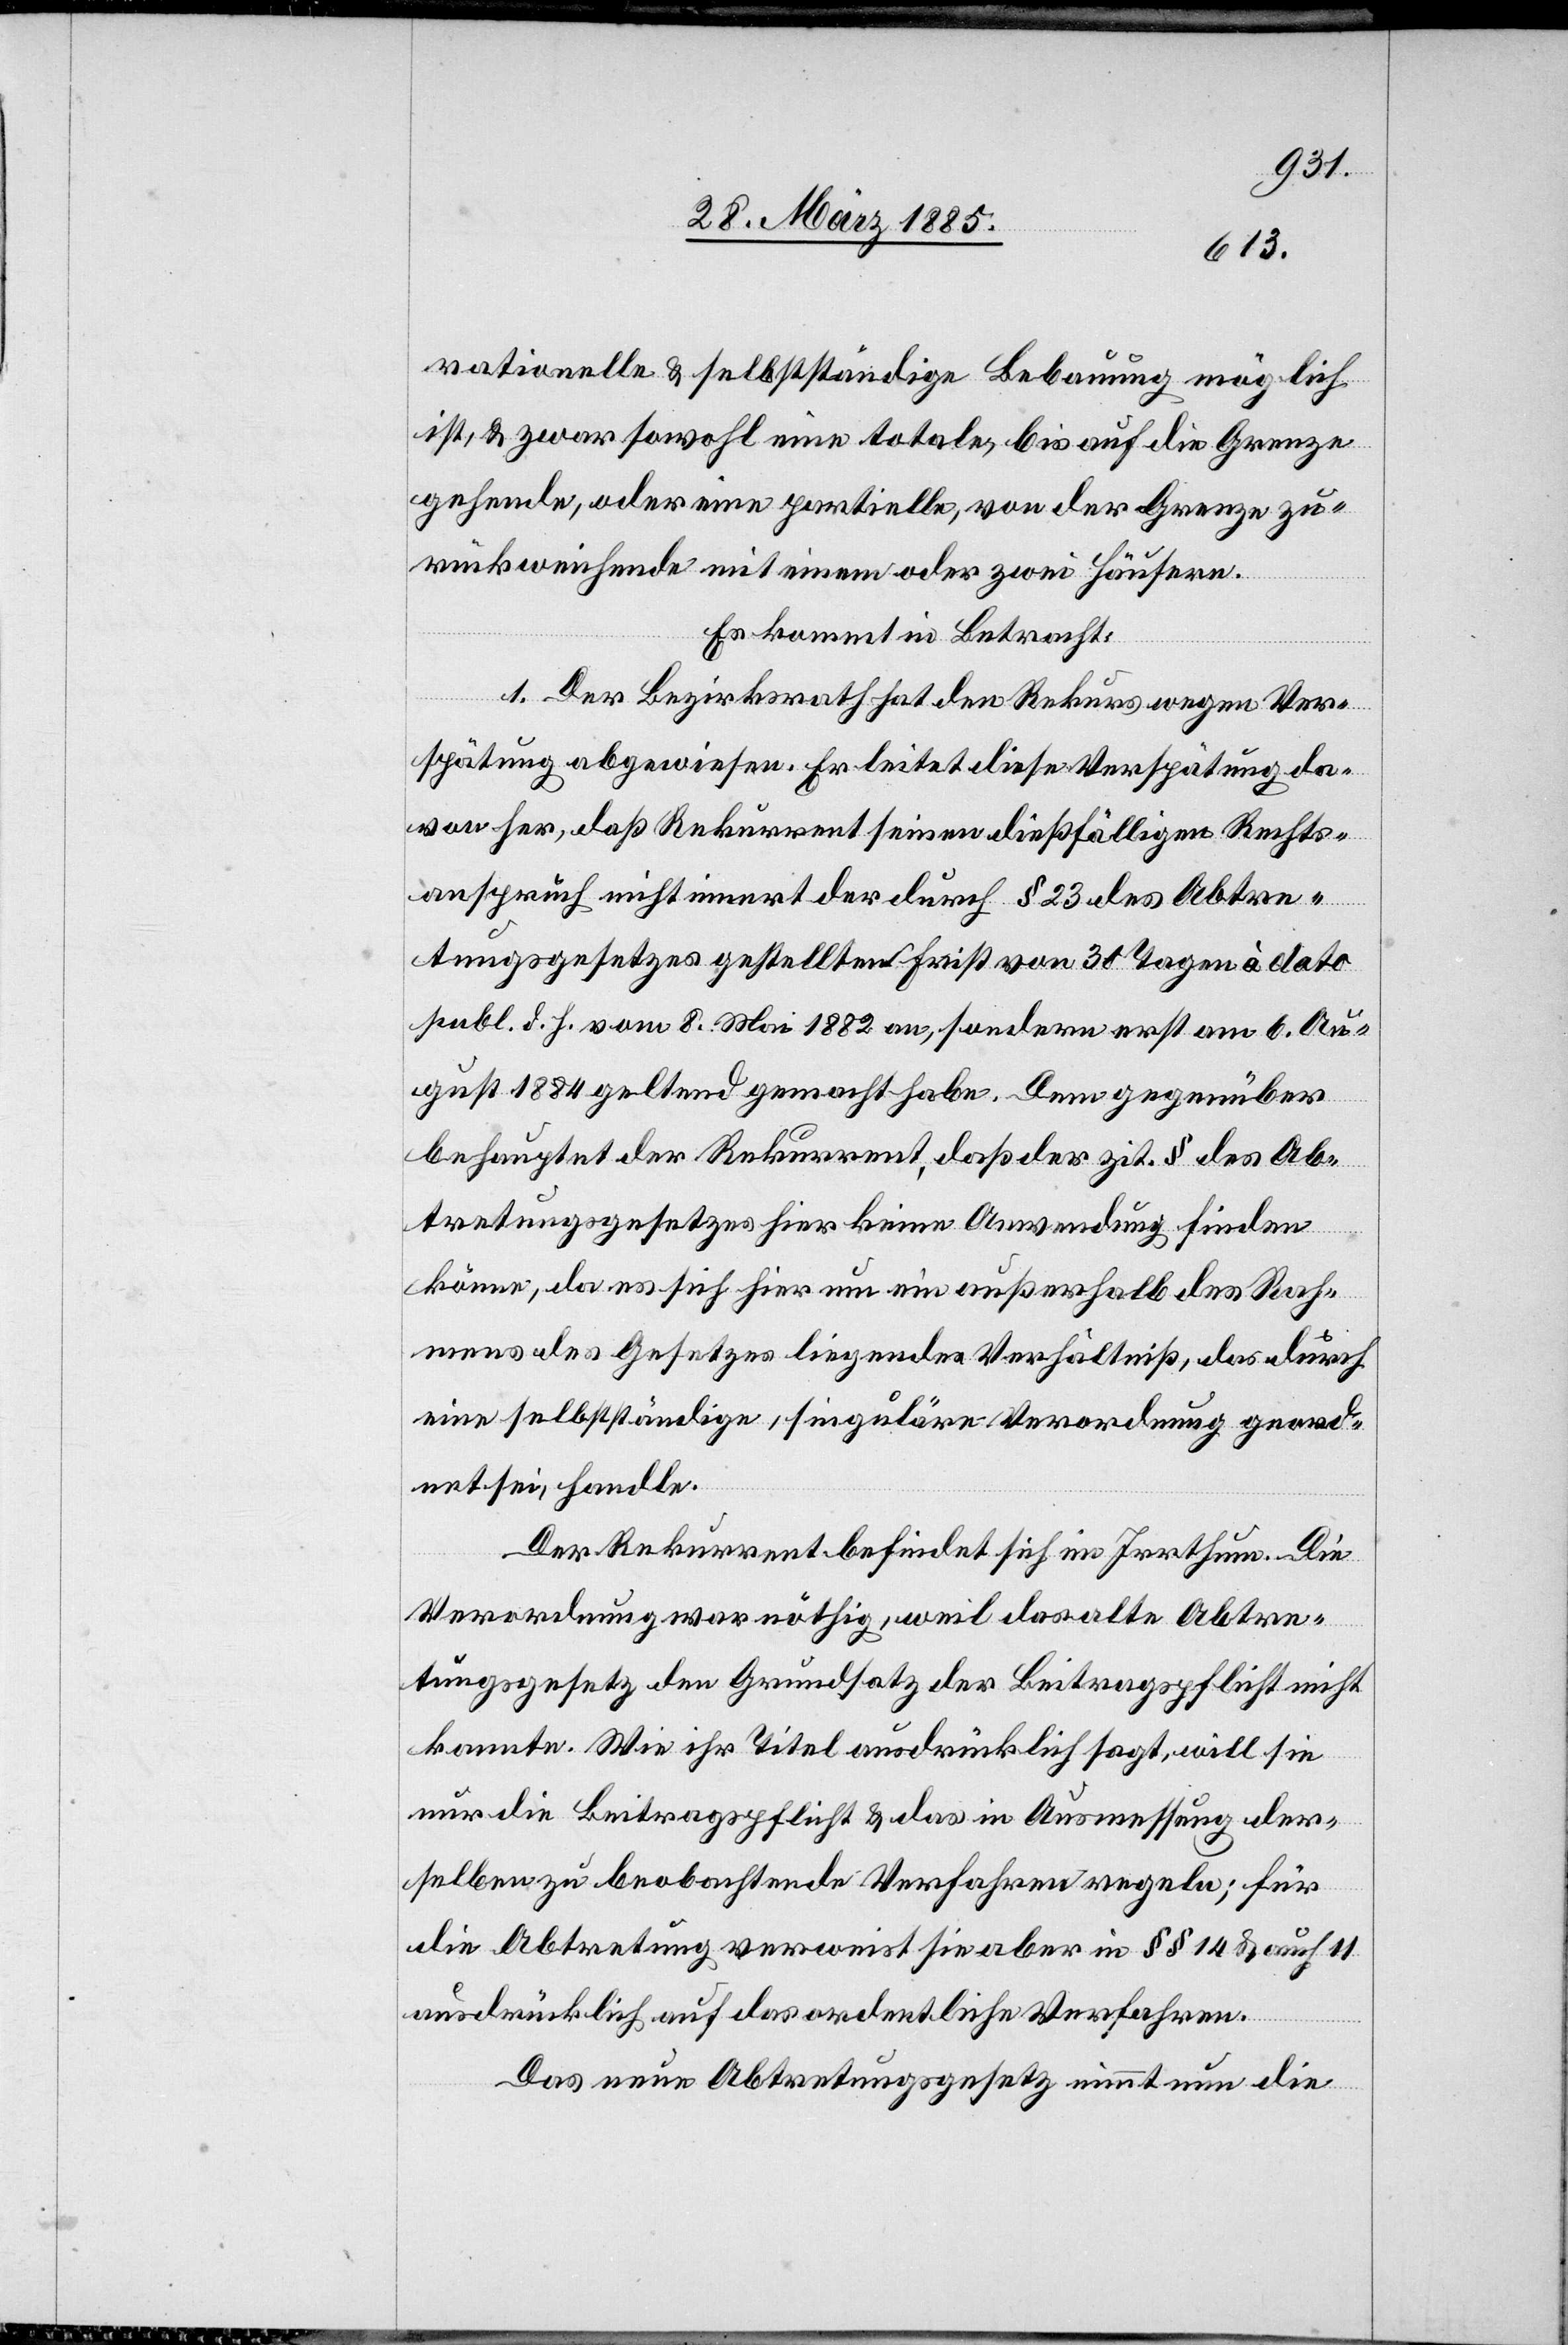
rationelle & selbstständige Bebauung möglich
ist, & zwar sowohl eine totale, bis auf die Grenze
gehende, oder eine partielle, von der Grenze zu¬
rückweichende mit einem oder zwei Häusern.
Es kommt in Betracht:
1. Der Bezirksrath hat den Rekurs wegen Ver¬
spätung abgewiesen. Er leitet diese Verspätung da¬
von her, daß Rekurrent seinen dießfälligen Rechts¬
anspruch nicht innert der durch § 23 des Abtre¬
tungsgesetzes gestellten Frist von 30 Tagen à dato
publ. d. h. vom 8. Mai 1882 an, sondern erst am 6. Au¬
gust 1884 geltend gemacht habe. Dem gegenüber
behauptet der Rekurrent, daß der zit. § des Ab¬
tretungsgesetzes hier keine Anwendung finden
könne, da es sich hier um ein außerhalb des Rah¬
mens des Gesetzes liegendes Verhältniß, das durch
eine selbstständige, singuläre Verordnung geord¬
net sei, handle.
Der Rekurrent befindet sich im Irrthum. Die
Verordnung war nöthig, weil das alte Abtre¬
tungsgesetz den Grundsatz der Beitragspflicht nicht
kannte. Wie ihr Titel ausdrücklich sagt, will sie
nur die Beitragspflicht & das in Ausmessung der¬
selben zu beobachtende Verfahren regeln; für
die Abtretung verweist sie aber in §§ 14 & auch 11
ausdrücklich auf das ordentliche Verfahren.
Das neue Abtretungsgesetz nimmt nun die